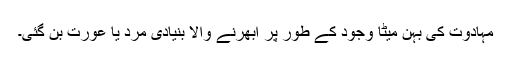
مہادوت کی بہن میٹا وجود کے طور پر ابھرنے والا بنیادی مرد یا عورت بن گئی۔